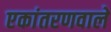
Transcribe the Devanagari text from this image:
एकांतरणवाले